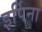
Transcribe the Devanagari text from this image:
इर्पिना